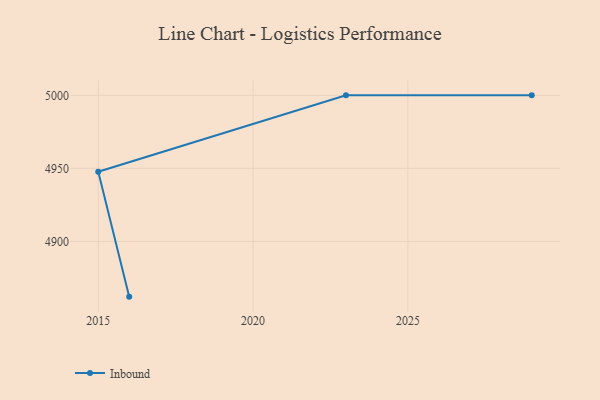
{"axis": {"x": "Year", "y": "Net Income (USD K)"}, "legend": ["Inbound"], "data": [{"x": "2016", "y": 4862.2, "type": "Inbound"}, {"x": "2015", "y": 4947.7, "type": "Inbound"}, {"x": "2023", "y": 5000, "type": "Inbound"}, {"x": "2029", "y": 5000, "type": "Inbound"}]}